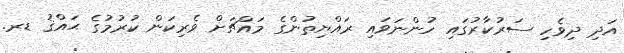
އަދި ދިވެހި ސަރުކާރުގައި ހުންނަވައި ރައްޔިތުންގެ މައްޗަށް ވެރިކަން ކުރުމުގެ ޙައްޤު ޑރ.